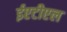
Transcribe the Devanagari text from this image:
ईएटीएल